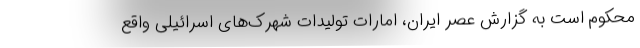
محکوم است به گزارش عصر ایران، امارات تولیدات شهرک‌های اسرائیلی واقع